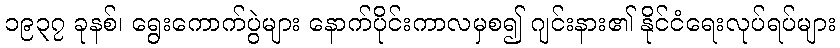
၁၉၃၇ ခုနစ်၊ ရွေးကောက်ပွဲများ နောက်ပိုင်းကာလမှစ၍ ဂျင်းနား၏ နိုင်ငံရေးလုပ်ရပ်များ